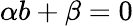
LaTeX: \alpha b+\beta=0